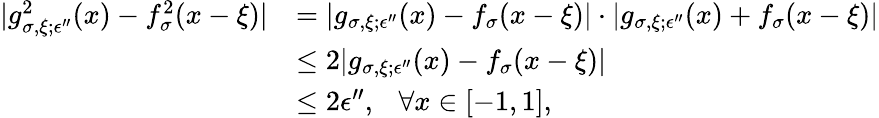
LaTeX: \begin{array}{rl}{|g_{\sigma,\xi;\epsilon^{\prime\prime}}^{2}(x)-f_{\sigma}^{2}(x-\xi)|}&{=|g_{\sigma,\xi;\epsilon^{\prime\prime}}(x)-f_{\sigma}(x-\xi)|\cdot|g_{\sigma,\xi;\epsilon^{\prime\prime}}(x)+f_{\sigma}(x-\xi)|}\\ &{\le 2|g_{\sigma,\xi;\epsilon^{\prime\prime}}(x)-f_{\sigma}(x-\xi)|}\\ &{\le 2\epsilon^{\prime\prime},~~~\forall x\in[-1,1],}\end{array}